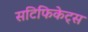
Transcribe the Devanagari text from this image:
सटि॔फिकेट्स